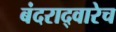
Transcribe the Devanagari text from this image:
बंदराद्वारेच